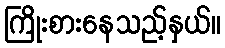
ကြိုးစားနေသည့်နှယ်။